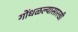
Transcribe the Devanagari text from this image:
गोंधळल्यासारखी